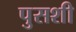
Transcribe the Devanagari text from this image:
पुसशी